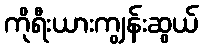
ကိုရီးယားကျွန်းဆွယ်